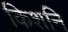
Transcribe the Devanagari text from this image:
किशनि